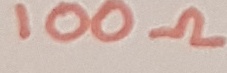
Text: 100Ω